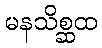
မနသိစ္ဆထ